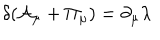
\delta ( { \cal A } _ { \mu } + { \Pi } _ { \mu } ) = \partial _ { \mu } \lambda